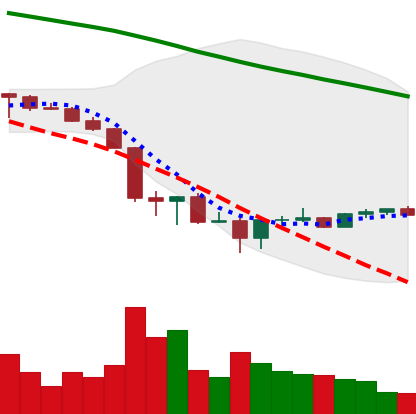
Ticker: BTC-USD
Chart end date: 2022-06-26
Forward return: -8.36%
Label: down_7plus